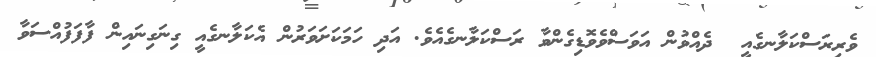
ވެރިރަސްކަލާނގެއީ  ދެއްވުން އަވަސްވެވޮޑިގެންވާ ރަސްކަލާނގެއެވެ. އަދި ހަމަކަށަވަރުން އެކަލާނގެއީ ގިނަގިނައިން ފާފަފުއްސަވާ